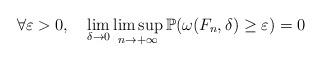
LaTeX: \begin{align*}\forall\varepsilon>0,\ \ \ \lim_{\delta\rightarrow 0}\limsup_{n\rightarrow +\infty}\mathbb P(\omega(F_n,\delta)\ge\varepsilon)=0\end{align*}